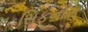
સિફનોસ